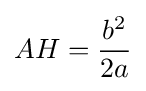
AH={\frac {b^{2}}{2a}}